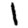
Digit: 1